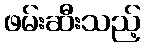
ဖမ်းဆီးသည့်